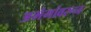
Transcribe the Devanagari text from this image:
अभंगांवरून